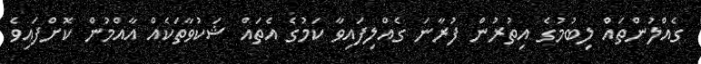
ގެއްލުންތައް ލިބުމުގެ އިތުރުން ފުރާނަ ގެއްލިފައިވާ ކަމުގެ އެތައް ޝަކުވާތަކެއް އާއްމުން ކޮށްފައިވެ